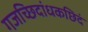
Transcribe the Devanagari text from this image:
गजच्छिदांधकछिदं